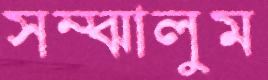
সম্‌ঝালুম